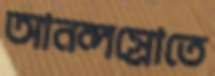
আনন্দস্রোতে